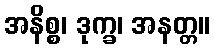
အနိစ္စ၊ ဒုက္ခ၊ အနတ္တ။